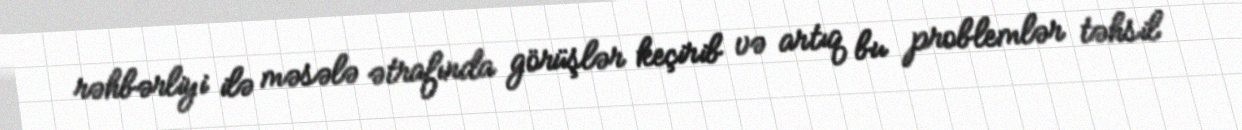
rəhbərliyi ilə məsələ ətrafında görüşlər keçirib və artıq bu problemlər təhsil